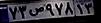
۷۳س۹۷۸۱۳